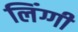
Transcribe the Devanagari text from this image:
लिंग्गी